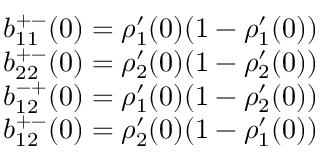
\begin{array} { r l } & { b _ { 1 1 } ^ { + - } ( 0 ) = \rho _ { 1 } ^ { \prime } ( 0 ) ( 1 - \rho _ { 1 } ^ { \prime } ( 0 ) ) } \\ & { b _ { 2 2 } ^ { + - } ( 0 ) = \rho _ { 2 } ^ { \prime } ( 0 ) ( 1 - \rho _ { 2 } ^ { \prime } ( 0 ) ) } \\ & { b _ { 1 2 } ^ { - + } ( 0 ) = \rho _ { 1 } ^ { \prime } ( 0 ) ( 1 - \rho _ { 2 } ^ { \prime } ( 0 ) ) } \\ & { b _ { 1 2 } ^ { + - } ( 0 ) = \rho _ { 2 } ^ { \prime } ( 0 ) ( 1 - \rho _ { 1 } ^ { \prime } ( 0 ) ) } \end{array}